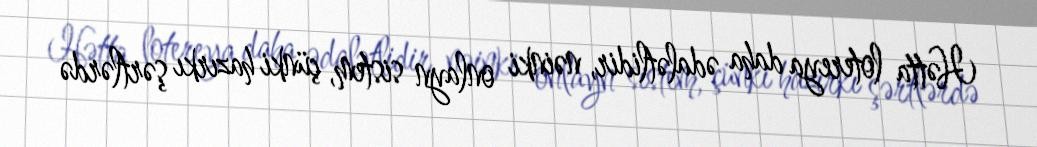
Hətta lotereya daha ədalətlidir, nəinki onlayn sistem, çünki hazırkı şərtlərdə